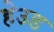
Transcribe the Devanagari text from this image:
हेउड